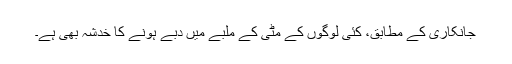
جانکاری کے مطابق، کئی لوگوں کے مٹی کے ملبے میں دبے ہونے کا خدشہ بھی ہے۔